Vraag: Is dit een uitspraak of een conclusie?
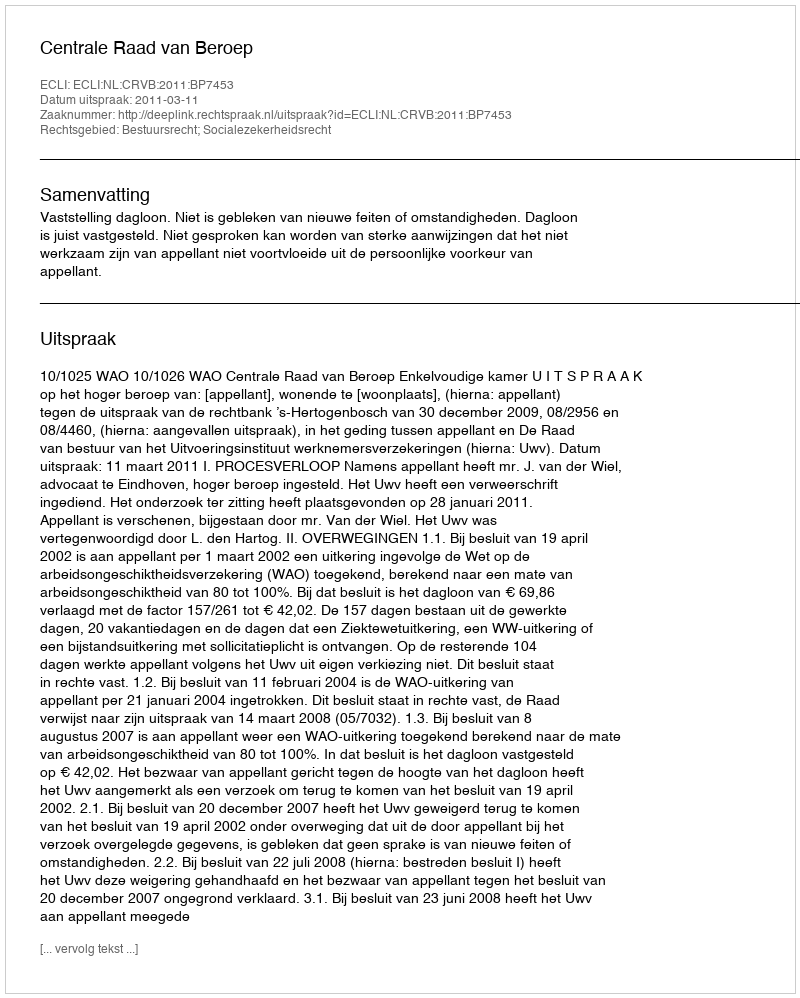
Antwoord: Uitspraak